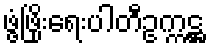
ဖွံ့ဖြိုးရေးပါတီဥက္ကဋ္ဌ